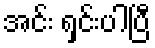
အင်း ရှင်းပါပြီ